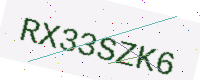
Text: RX33SZK6